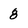
Character: 8